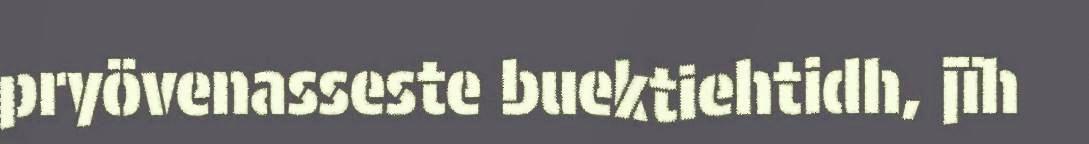
pryövenasseste buektiehtidh, jïh